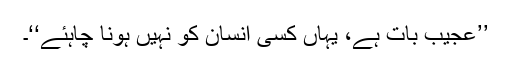
’’عجیب بات ہے، یہاں کسی انسان کو نہیں ہونا چاہئے‘‘۔